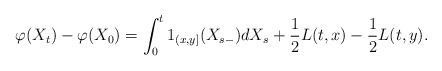
\begin{align*}\varphi(X_t)-\varphi(X_0)=\int_0^t 1_{(x,y]}(X_{s-})dX_s +\frac{1}{2}L(t,x)-\frac{1}{2}L(t,y). \end{align*}